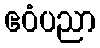
ဧဝံပညာ